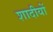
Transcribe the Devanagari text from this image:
शादीयों